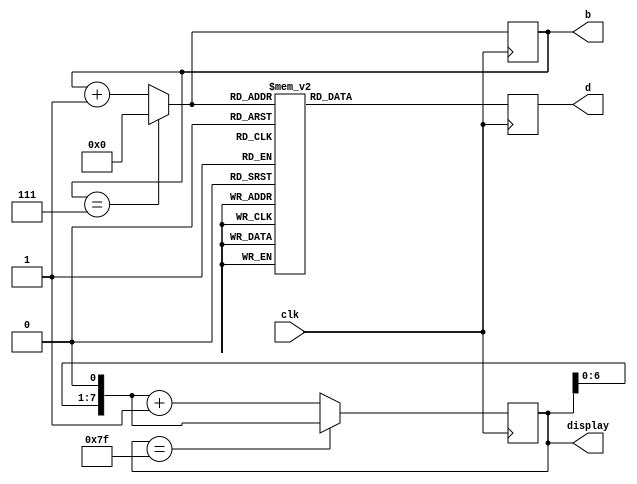
module testeDisplayClk (clk, display, d,b);

	input clk;
	output reg [7:0] display;
	output reg [7:0] d;
	output reg [3:0] b;
	
	initial begin
		display = 8'b11111110;
		d = 8'b11000000;
		b = 4'd0;
	end

	always @(negedge clk) begin
		
		d = 8'b11111111; //limpa display
		
		//anda o display para a posio seguinte
		case (display)
			8'b01111111: display = display << 1;
			default: display = (display << 1) + 8'd1;
		endcase
		
		//soma 1 ao b
		case (b)
			4'd7: b = 4'd0;
			default: b = b + 4'd1;
		endcase
		
		//coloca o valor no display
		case (b)
			
			4'd0: d = 8'b11000000; //0
			4'd1: d = 8'b11111001; //1
			4'd2: d = 8'b10100100; //2
			4'd3: d = 8'b10110000; //3
			4'd4: d = 8'b10011001; //4
			4'd5: d = 8'b10010010; //5
			4'd6: d = 8'b10000010; //6
			4'd7: d = 8'b11111000; //7
			4'd8: d = 8'b10000000; //8
			4'd9: d = 8'b10010000; //9

		endcase
		
	end	

endmodule